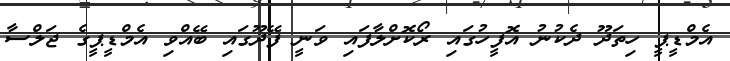
އެމްޑީޕީ ހިތަދޫ ދެކުނު އޮފީހުގައި ރޯކޮށްލާފައި ވަނީ ފޭދޫގައި ބޭއްވި އެމްޑީޕީގެ ޖަލްސާ